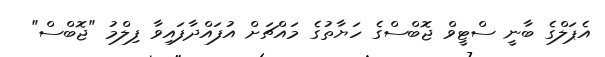
އެޕަލްގެ ބާނީ ސްޓީވް ޖޮބްސްގެ ހަޔާތުގެ މައްޗަށް އުފައްދާފައިވާ ފިލްމު "ޖޮބްސް"